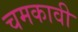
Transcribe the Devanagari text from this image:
चमकावी